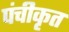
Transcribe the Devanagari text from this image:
पंचीकृत